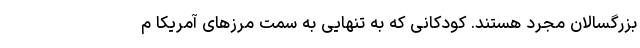
بزرگسالان مجرد هستند. کودکانی که به تنهایی به سمت مرزهای آمریکا م